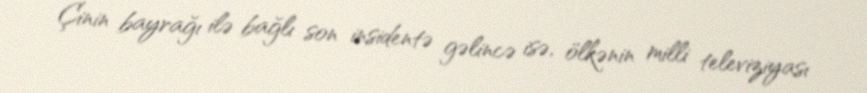
Çinin bayrağı ilə bağlı son insidentə gəlincə isə, ölkənin milli televiziyası